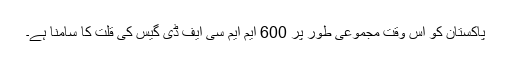
پاکستان کو اس وقت مجموعی طور پر 600 ایم ایم سی ایف ڈی گیس کی قلت کا سامنا ہے۔